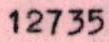
12735